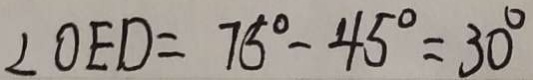
\angle O E D = 7 5 ^ { \circ } - 4 5 ^ { \circ } = 3 0 ^ { \circ }